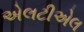
એલટીએલ